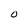
Character: 0